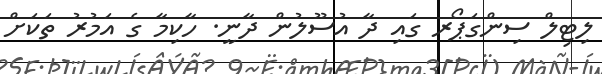
ލިޓިލް ސިންގަޕޯރ ގައި ދާ އުސޫލުން ދާނީ. ހާކިމާ ގެ އަމުރު ތަކަށް